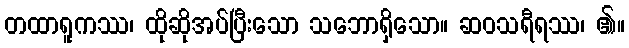
တထာရူကဿ၊ ထိုဆိုအပ်ပြီးသော သဘောရှိသော။ ဆဝသရီရဿ၊ ၏။